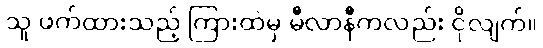
သူ ဖက်ထားသည့် ကြားထဲမှ မီလာနီကလည်း ငိုလျက်။